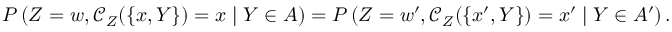
P \left( Z = w , \mathcal { C } _ { Z } ( \{ x , Y \} ) = x \mid Y \in A \right) = P \left( Z = w ^ { \prime } , \mathcal { C } _ { Z } ( \{ x ^ { \prime } , Y \} ) = x ^ { \prime } \mid Y \in A ^ { \prime } \right) .